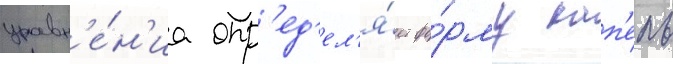
уравн'е́н'иа опр'ед'ел'я́ет фо́рму кап'ель